Calcutta medical institutions reports 1871-78
Year: 1871
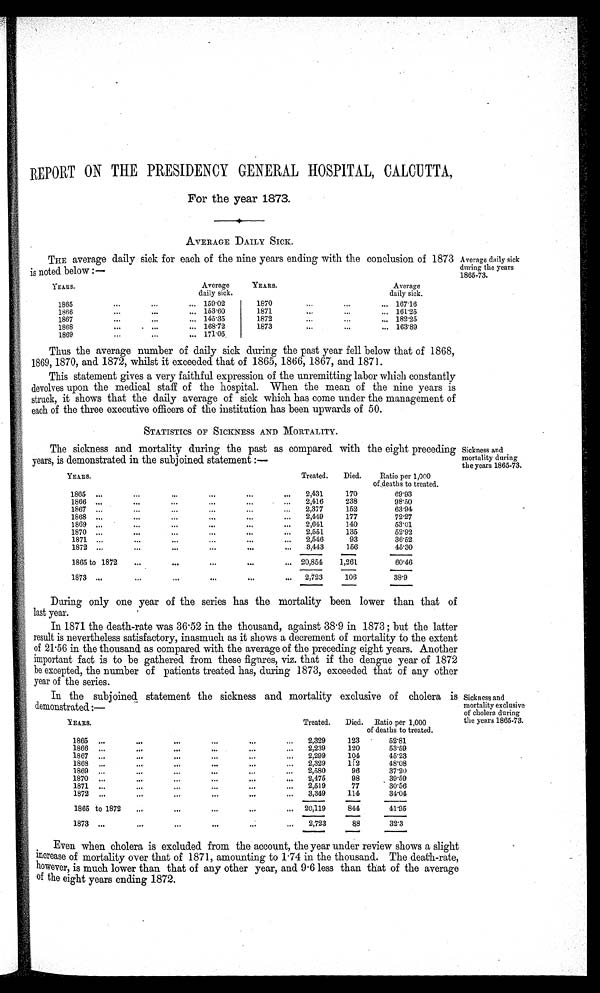
REPORT ON THE PRESIDENCY GENERAL HOSPITAL, CALCUTTA,
For the year 1873.
AVERAGE DAILY SICK.
THE average daily sick for each of the nine years ending with the conclusion of 1873
is noted below :—
YEARS.
Average
daily sick.
YEARS.
Average
daily sick.
1865
159·02
1870
167·16
1866
153 .60
1871
161·25
1867
145·35
1872
182·25
1868
168·72
1873
163·89
1869
171·05
Average daily sick
during the years
1865-73. Thus the average number of daily sick during the past year fell below that of 1868,
1869, 1870, and 1872, whilst it exceeded that of 1865, 1866, 1867, and 1871.
This statement gives a very faithful expression of the unremitting labor which constantly
devolves upon the medical staff of the hospital. When the mean of the nine years is
struck, it shows that the daily average of sick which has come under the management of
each of the three executive officers of the institution has been upwards of 50.
STATISTICS OF SICKNESS AND MORTALITY.
The sickness and mortality during the past as compared with the eight preceding
years, is demonstrated in the subjoined statement:—
YEARS.
Treated.
Died.
Ratio per 1,000
of deaths to treated.
...
1865
2,431
170
69·93
1866
2,416
238
98·50
1867
2,377
152
63·94
1868
2,449
177
72·27
1869
2,641
140
53·01
1870
2,551
135
52·92
1871
2,546
93
36·52
1872
3,443
156
45·30
1865 to 1872
20,854
1,261
60·46
1873
2,723
106
38·9
Sickness and mortality during the years 1865-73.
During only one year of the series has the mortality been lower than that of
last year.
In 1871 the death-rate was 36 . 52 in the thousand, against 38 .9 in 1873; but the latter
result is nevertheless satisfactory, inasmuch as it shows a decrement of mortality to the extent
of 21 .56 in the thousand as compared with the average of the preceding eight years. Another
important fact is to be gathered from these figures, viz. that if the dengue year of 1872
be excepted, the number of patients treated has, during 1873, exceeded that of any other
year of the series.
In the subjoined statement the sickness and mortality exclusive of cholera is
demonstrated:—
YEARS.
Treated.
Died. Ratio per 1,000
of deaths to treated.
1865
2,329
123
52·81
1866
2,239
120
53·59
1867
2,299
104
45·23
1868
...
2,329
112
48·08
1869
2,580
96
37·20
1870
...
2,475
98
39·59
1871
2,519
77
30·56
1872
...
3,349
114
34·04
1865 to 1872
20,119
844
41·95
1873
2,723
88
32·3
S i c k n e s s a n d m o r t a l i t y e x c l u s i v e o f c h o l e r a d u r i n g t h e y e a r s 1 8 6 5 - 7 3 .
Even when cholera is excluded from the account, the year under review shows a slight
increase of mortality over that of 1871, amounting to 1 .74 in the thousand. The death-rate,
however, is much lower than that of any other year, and 9 . 6 less than that of the average
of the eight years ending 1872.